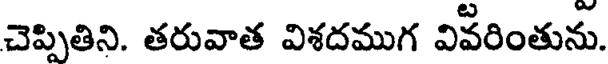
చెప్పితిని. తరువాత విశదముగ వివరింతును.